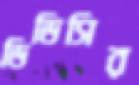
ডিডিসির